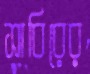
সাবিরের